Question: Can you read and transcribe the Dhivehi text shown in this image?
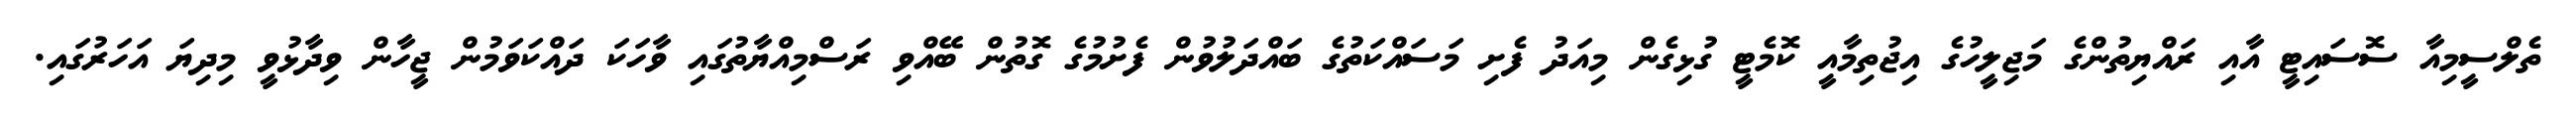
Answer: ތެލްސީމިއާ ސޮސައިޓީ އާއި ރައްޔިތުންގެ މަޖިލީހުގެ އިޖުތިމާއީ ކޮމެޓީ ގުޅިގެން މިއަދު ފެށި މަސައްކަތުގެ ބައްދަލުވުން ފެށުމުގެ ގޮތުން ބޭއްވި ރަސްމިއްޔާތުގައި ވާހަކަ ދައްކަވަމުން ޖީހާން ވިދާޅުވީ މިދިޔަ އަހަރުގައި.